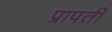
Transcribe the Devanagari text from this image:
प्रापती